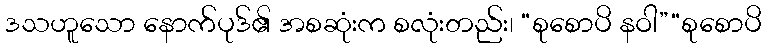
ဒသဟူသော နောက်ပုဒ်၏ အစဆုံးက စလုံးတည်း၊ “စုစောပိ နဝါ”“စုစောပိ